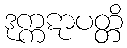
ဒုက္ကဋာပတ္တိ